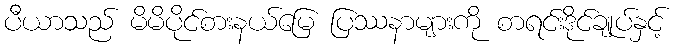
ပီယာသည် မိမိပိုင်စားနယ်မြေ ပြဿနာများကို စာရင်းဒိုင်ချုပ်နှင့်